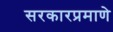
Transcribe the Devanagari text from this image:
सरकारप्रमाणे